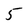
Character: 5